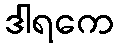
ဒါရကေ